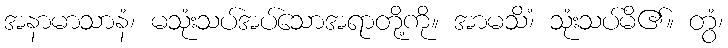
အနာမာသာနံ၊ မသုံးသပ်အပ်သောအရာတို့ကို။ အာမသိံ၊ သုံးသပ်မိ၏။ တွံ၊